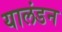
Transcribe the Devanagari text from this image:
यालंडन